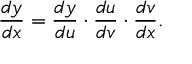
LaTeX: { \frac { d y } { d x } } = { \frac { d y } { d u } } \cdot { \frac { d u } { d v } } \cdot { \frac { d v } { d x } } .